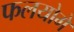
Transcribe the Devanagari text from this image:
फलयोगे